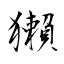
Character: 獺